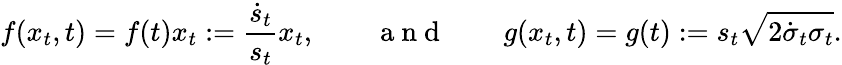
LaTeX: f(x_{t},t)=f(t)x_{t}:=\frac{\dot{s}_{t}}{s_{t}}x_{t},\qquad\mathrm{~a~n~d~}\qquad g(x_{t},t)=g(t):=s_{t}\sqrt{2\dot{\sigma}_{t}\sigma_{t}}.